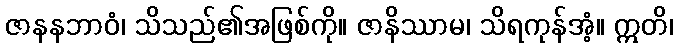
ဇာနနဘာဝံ၊ သိသည်၏အဖြစ်ကို။ ဇာနိဿာမ၊ သိရကုန်အံ့။ ဣတိ၊